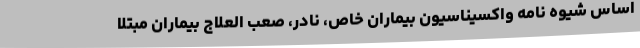
اساس شیوه نامه واکسیناسیون بیماران خاص، نادر، صعب العلاج بیماران مبتلا